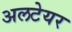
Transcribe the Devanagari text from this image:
अलटेयर